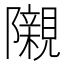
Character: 𮥰